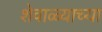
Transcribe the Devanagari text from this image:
शेवाळ्याच्या